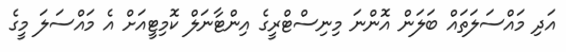
އަދި މައްސަލަތައް ބަލަން އޮންނަ މިނިސްޓްރީގެ އިންޓާނަލް ކޮމިޓީއަށް އެ މައްސަލަ މީގެ